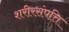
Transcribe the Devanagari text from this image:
शरीरसंपत्ति